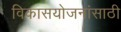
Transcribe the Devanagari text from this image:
विकासयोजनांसाठी